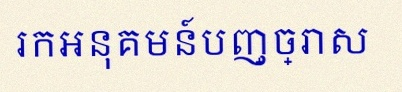
រកអនុគមន៍បញ្ច្រាស